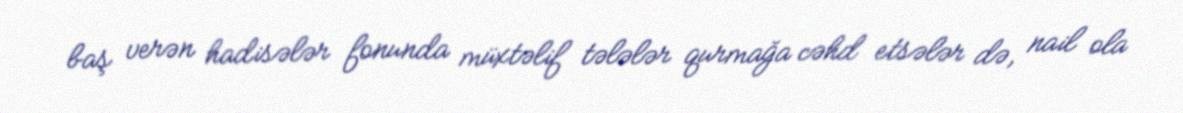
baş verən hadisələr fonunda müxtəlif tələlər qurmağa cəhd etsələr də, nail ola